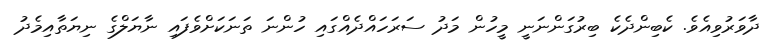
ދާވަރުވިއެވެ. ކެބިންދެކެ ބިރުގަންނަނީ މީހުން މަދު ސަރަހައްދެއްގައި ހުންނަ ތަނަކަށްވެފައި ނާޔަލްގެ ނިޔަތާއިމެދު